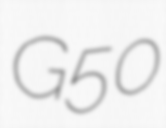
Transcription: G50